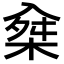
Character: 𣔕